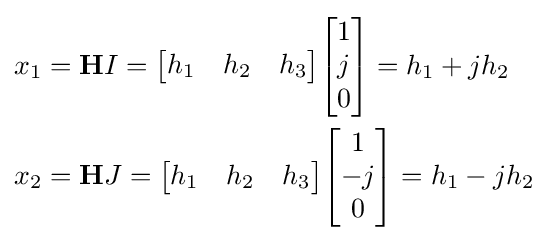
{\begin{aligned}x_{1}&={\textbf {H}}I={\begin{bmatrix}h_{1}&h_{2}&h_{3}\end{bmatrix}}{\begin{bmatrix}1\\j\\0\end{bmatrix}}=h_{1}+jh_{2}\\x_{2}&={\textbf {H}}J={\begin{bmatrix}h_{1}&h_{2}&h_{3}\end{bmatrix}}{\begin{bmatrix}1\\-j\\0\end{bmatrix}}=h_{1}-jh_{2}\end{aligned}}